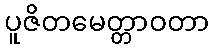
ပူဇိတမေတ္တာဝတာ